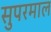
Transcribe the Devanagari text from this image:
सुपरमाल